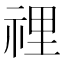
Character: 𥚃